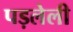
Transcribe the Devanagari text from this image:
पड़लेली